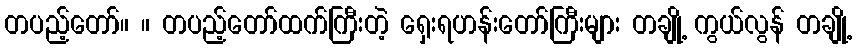
တပည့်တော်။ ။ တပည့်တော်ထက်ကြီးတဲ့ ရှေးရဟန်းတော်ကြီးများ တချို့ ကွယ်လွန် တချို့